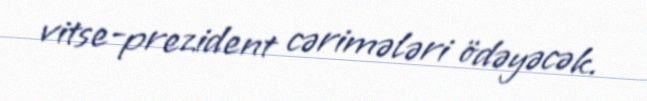
vitse-prezident cərimələri ödəyəcək.